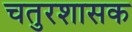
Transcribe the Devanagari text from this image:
चतुरशासक